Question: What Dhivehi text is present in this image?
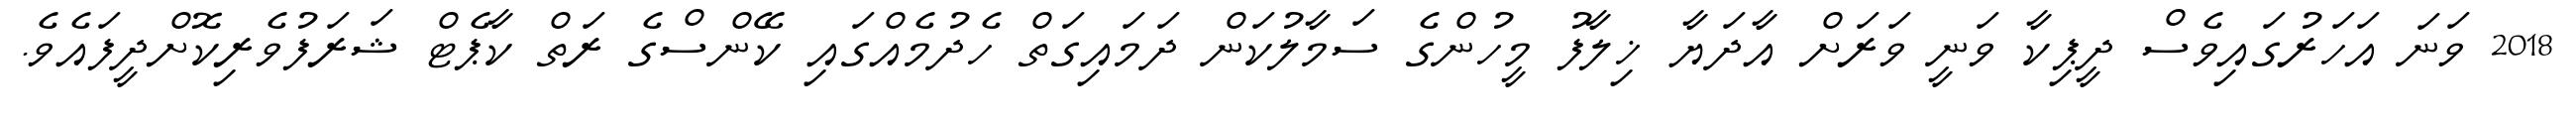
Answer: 2018 ވަނަ އަހަރުގައިވެސް ދީޕިކާ ވަނީ ވަރަށް އާދަޔާ ޚިލާފު މީހުންގެ ސަމާލުކަން ދަމައިގަތް ހެދުމެއްގައި ކޭންސްގެ ރަތް ކާޕެޓް ޝަރަފުވެރިކޮށްދީފައެވެ.